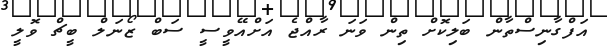
އަފްގާނިސްތާން ބަލިކޮށް ތިން ވަަނަ ރާއްޖެ އަށްއޭވީސީ ސަބް ޒޯނަލް ބީޗް ވޮލީ